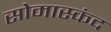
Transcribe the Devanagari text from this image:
सोमास्कंद